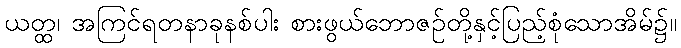
ယတ္ထ၊ အကြင်ရတနာခုနစ်ပါး စားဖွယ်ဘောဇဉ်တို့နှင့်ပြည့်စုံသောအိမ်၌။